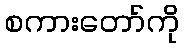
စကားတော်ကို